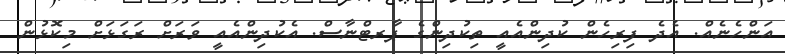
އަންހެނެއް. އެދެ ފިރިހެން ކުދިންއެއީ ތިކުދިންގެ ޕާރޓްނާސް. އެކުދިންއެއީ ވަރަށް ރަގަޅަށް މިކޮޅުން